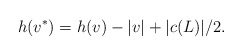
\begin{align*}h(v^*)=h(v)-|v|+|c(L)|/2.\end{align*}